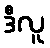
ဒီလူ